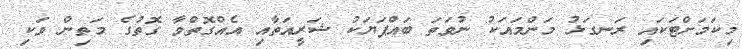
މިކަމަށްޓަކައި ރަނގަޅު މަންމައަކު ނުވަތަ ބައްޕަޔަކު ޝަރީއަތާއި އެއްގޮތްވާ ގޮތުގެ މަތިން ވަކި